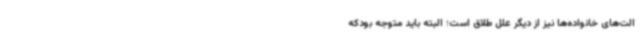
الت‌های خانواده‌ها نیز از دیگر علل طلاق است؛ البته باید متوجه بودکه